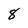
Character: 8